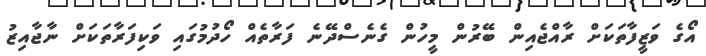
އޯގެ ވަޒީފާތަކަށް ރާއްޖެއިން ބޭރުން މީހުން ގެނެސްދޭނެ ފަރާތެއް ހޯދުމުގައި ވަކިފަރާތަކަށް ނާޖާއިޒު